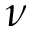
\nu